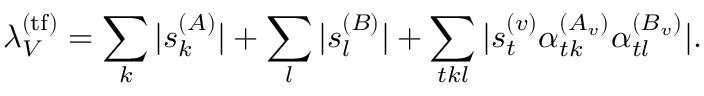
\lambda _ { V } ^ { ( \mathrm { t f } ) } = \sum _ { k } | s _ { k } ^ { ( A ) } | + \sum _ { l } | s _ { l } ^ { ( B ) } | + \sum _ { t k l } | s _ { t } ^ { ( v ) } \alpha _ { t k } ^ { ( A _ { v } ) } \alpha _ { t l } ^ { ( B _ { v } ) } | .